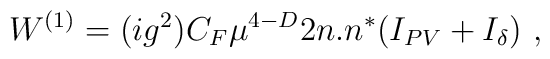
W^{(1)}=(ig^2)C_F\mu^{4-D}2n.n^*(I_{PV}+I_{\delta})\,\,,